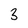
Character: 3